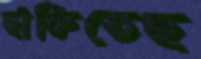
ছাঁকিতেছ